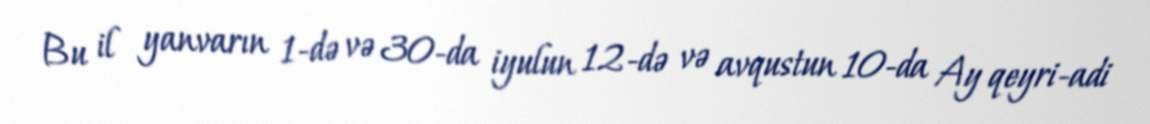
Bu il yanvarın 1-də və 30-da iyulun 12-də və avqustun 10-da Ay qeyri-adi